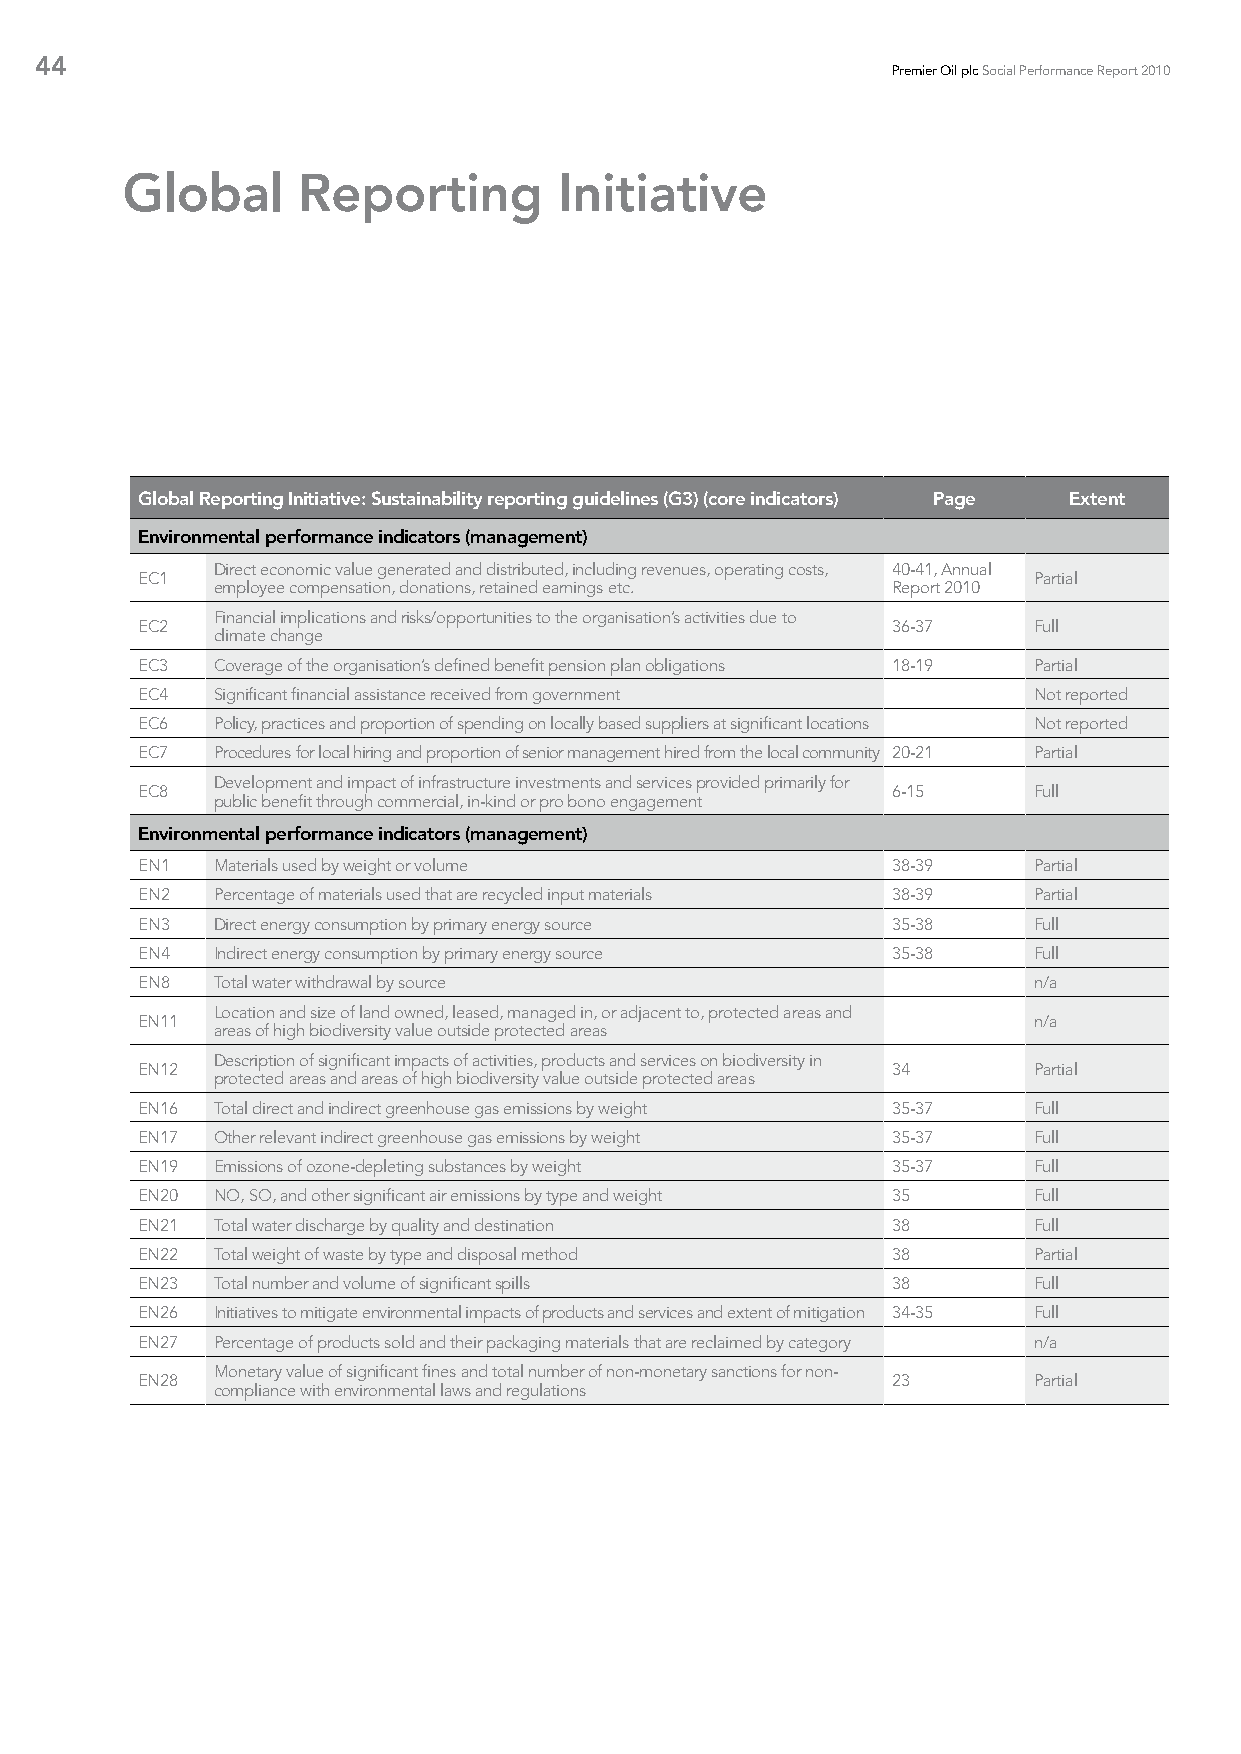
44
 Premier Oil plc Social Performance Report 2010
 Global      Reporting        Initiative
 Global Reporting Initiative: Sustainability reporting guidelines (G3) (core indicators) Page Extent
 Environmental performance indicators (management)
 Direct economic value generated and distributed, including revenues, operating costs, 40-41, Annual
 EC1                                                        Partial
 employee compensation, donations, retained earnings etc. Report 2010
 Financial implications and risks/opportunities to the organisation’s activities due to
 EC2                                               36-37    Full
 climate change
 EC3  Coverage of the organisation’s defined benefit pension plan obligations 18-19 Partial
 EC4  Significant financial assistance received from government Not reported
 EC6  Policy, practices and proportion of spending on locally based suppliers at significant locations Not reported
 EC7  Procedures for local hiring and proportion of senior management hired from the local community 20-21 Partial
 Development and impact of infrastructure investments and services provided primarily for
 EC8                                               6-15     Full
 public benefit through commercial, in-kind or pro bono engagement
 Environmental performance indicators (management)
 EN1  Materials used by weight or volume           38-39    Partial
 EN2  Percentage of materials used that are recycled input materials 38-39 Partial
 EN3  Direct energy consumption by primary energy source 35-38 Full
 EN4  Indirect energy consumption by primary energy source 35-38 Full
 EN8  Total water withdrawal by source                      n/a
 Location and size of land owned, leased, managed in, or adjacent to, protected areas and
 EN11                                                       n/a
 areas of high biodiversity value outside protected areas
 Description of significant impacts of activities, products and services on biodiversity in
 EN12                                              34       Partial
 protected areas and areas of high biodiversity value outside protected areas
 EN16 Total direct and indirect greenhouse gas emissions by weight 35-37 Full
 EN17 Other relevant indirect greenhouse gas emissions by weight 35-37 Full
 EN19 Emissions of ozone-depleting substances by weight 35-37 Full
 EN20 NO, SO, and other significant air emissions by type and weight 35 Full
 EN21 Total water discharge by quality and destination 38   Full
 EN22 Total weight of waste by type and disposal method 38  Partial
 EN23 Total number and volume of significant spills 38      Full
 EN26 Initiatives to mitigate environmental impacts of products and services and extent of mitigation 34-35 Full
 EN27 Percentage of products sold and their packaging materials that are reclaimed by category n/a
 Monetary value of significant fines and total number of non-monetary sanctions for non-
 EN28                                              23       Partial
 compliance with environmental laws and regulations